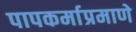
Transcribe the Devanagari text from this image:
पापकर्माप्रमाणे